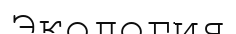
Экология